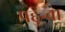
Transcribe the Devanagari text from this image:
पहुन्चा